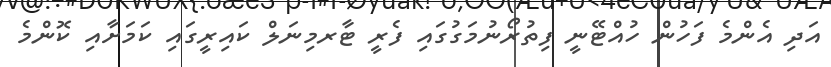
އަދި އެންމެ ފަހުން ހުއްޓޭނީ ފިތުރޯނުމަގުގައި ފެރީ ޓާރމިނަލް ކައިރީގައި ކަމަށާއި ކޮންމެ